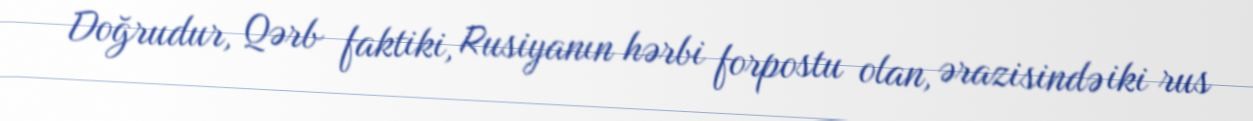
Doğrudur, Qərb faktiki, Rusiyanın hərbi forpostu olan, ərazisində iki rus